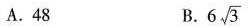
A.48 B. $$6 \sqrt{3}$$